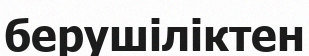
берушіліктен